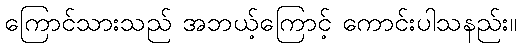
ကြောင်သားသည် အဘယ့်ကြောင့် ကောင်းပါသနည်း။